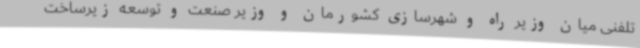
تلفنی میان وزیر راه و شهرسازی کشورمان و وزیر صنعت و توسعه زیرساخت